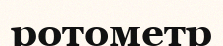
ротометр